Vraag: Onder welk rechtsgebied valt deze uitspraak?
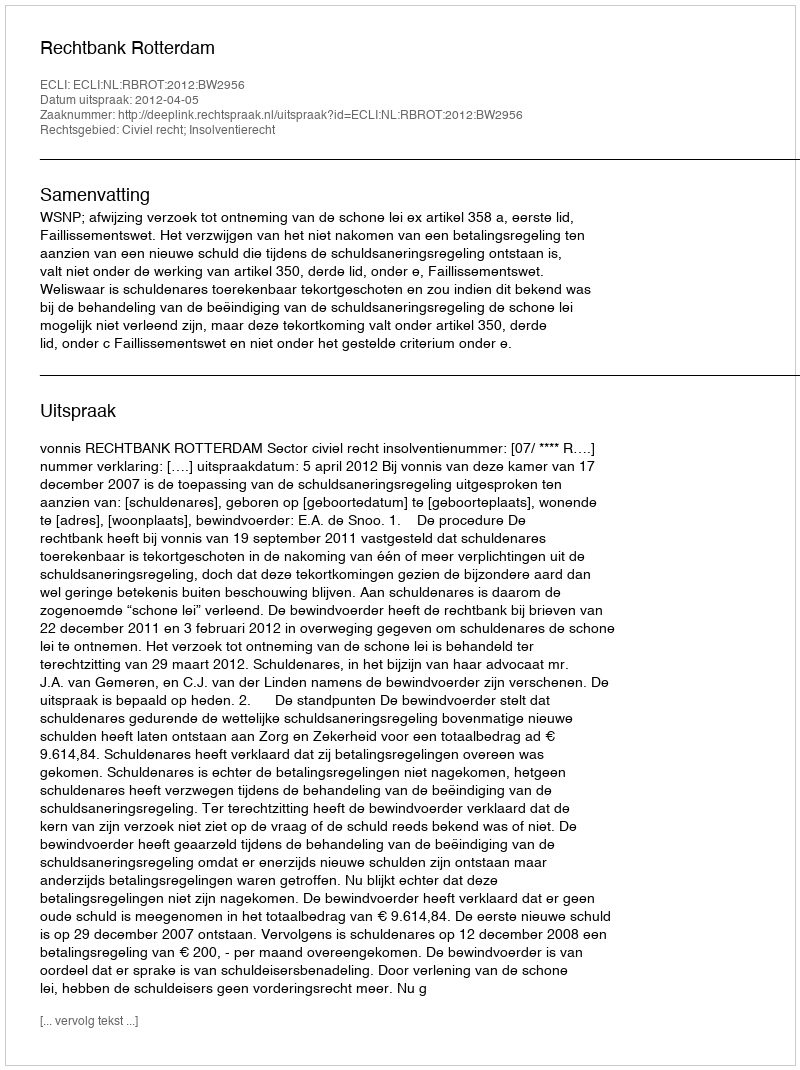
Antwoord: Civiel recht; Insolventierecht